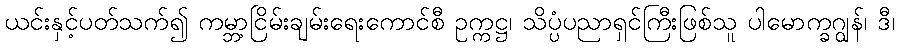
ယင်းနှင့်ပတ်သက်၍ ကမ္ဘာ့ငြိမ်းချမ်းရေးကောင်စီ ဥက္ကဋ္ဌ၊ သိပ္ပံပညာရှင်ကြီးဖြစ်သူ ပါမောက္ခဂျွန်၊ ဒီ၊